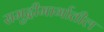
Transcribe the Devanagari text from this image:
समुद्रीमार्गातील